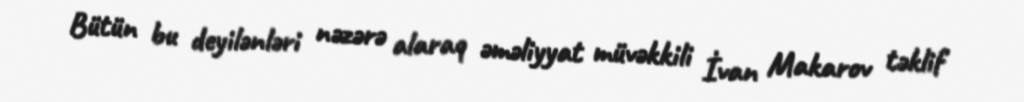
Bütün bu deyilənləri nəzərə alaraq əməliyyat müvəkkili İvan Makarov təklif